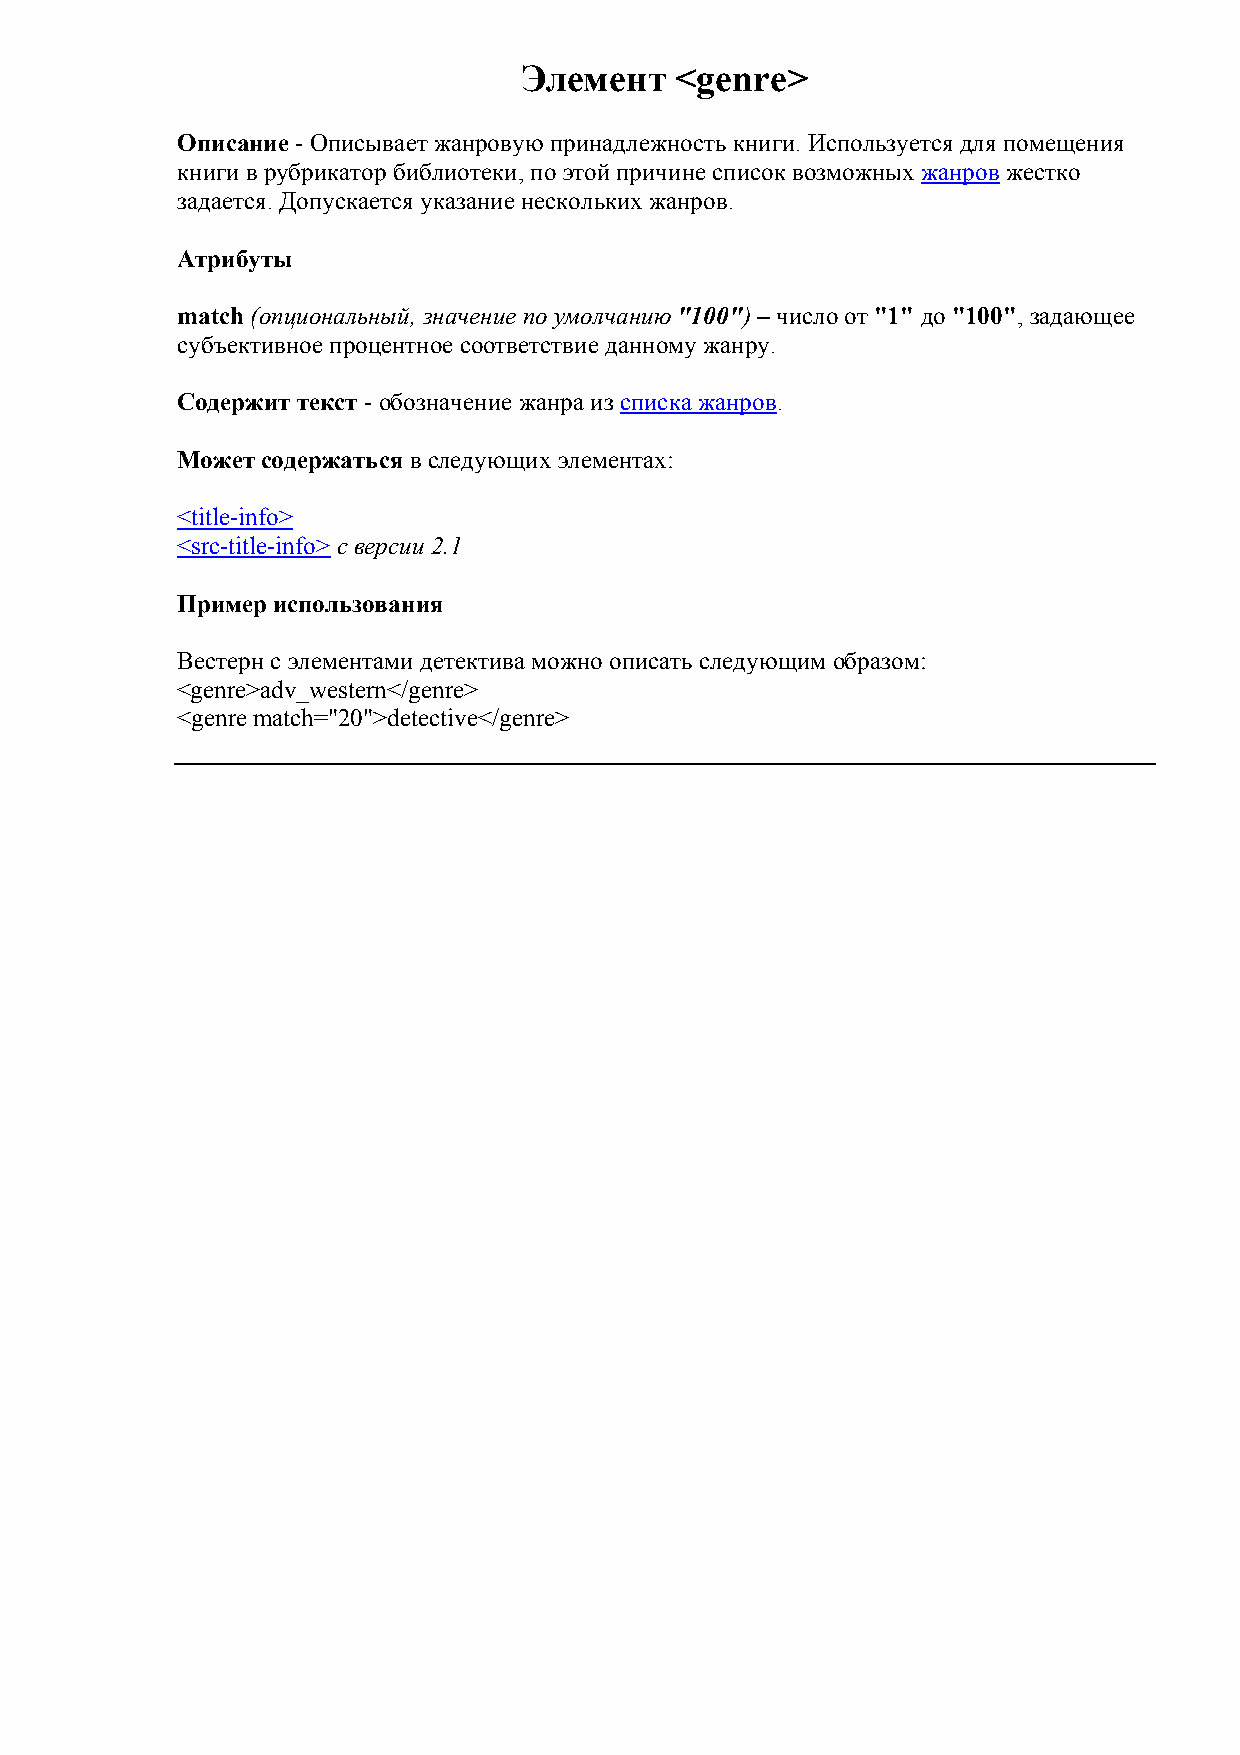
Элемент    <genre>
 Описание - Описывает жанровую принадлежность книги. Используется для помещения
 книги в рубрикатор библиотеки, по этой причине список возможных жанров жестко
 задается. Допускается указание нескольких жанров.
 Атрибуты
 match (опциональный, значение по умолчанию "100") – число от "1" до "100", задающее
 субъективное процентное соответствие данному жанру.
 Содержит текст - обозначение жанра из списка жанров.
 Может содержаться в следующих элементах:
 <title-info>
 <src-title-info> с версии 2.1
 Пример использования
 Вестерн с элементами детектива можно описать следующим образом:
 <genre>adv_western</genre>
 <genre match="20">detective</genre>